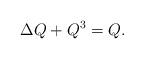
LaTeX: \begin{align*}\Delta Q + Q^{3} = Q.\end{align*}